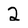
Character: 2